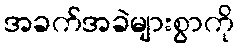
အခက်အခဲများစွာကို